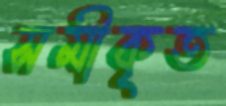
সমীকৃত